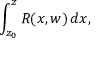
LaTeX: \int _ { z _ { 0 } } ^ { z } R ( x , w ) \, d x ,